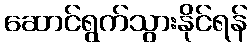
ဆောင်ရွက်သွားနိုင်ရန်